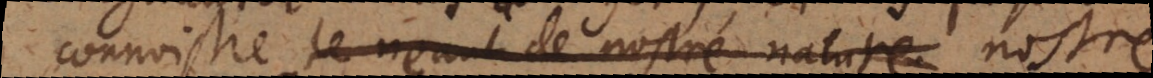
connoistre le neant de nostre nature nostre